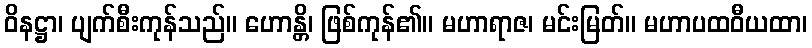
ဝိနဋ္ဌာ၊ ပျက်စီးကုန်သည်။ ဟောန္တိ၊ ဖြစ်ကုန်၏။ မဟာရာဇ၊ မင်းမြတ်။ မဟာပထဝီယထာ၊